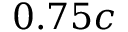
0 . 7 5 c